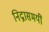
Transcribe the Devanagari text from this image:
निद्नासमयीं